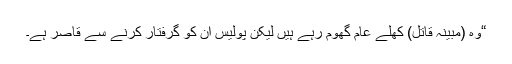
“وہ (مبینہ قاتل) کھلے عام گھوم رہے ہیں لیکن پولیس ان کو گرفتار کرنے سے قاصر ہے۔